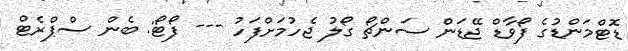
ޑޮޓްމަންޑުގެ ފޯވާޑް ޖޭޑަން ސަންޗޯ ގޯލު ޖެހުމަށްފަހު --- ފޯޓޯ: ބެން ސްޕްރެޓް